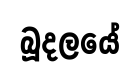
බූදලයේ